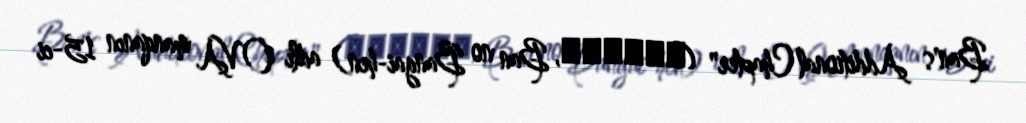
Ban's Additional Chapter" (バンの番外編, Ban no Bangai-hen) adlı OVA manqanın 15-ci